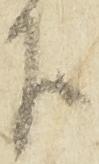
下